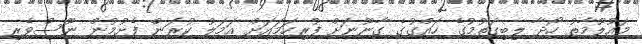
މައުލޫމާތު ހޯދާ ލިބިގަތުމުގެ ހައްގުގެ ގާނޫނަށް ފުރިހަމައަށް އަމަލު ކުރަން ފެށުމުން ނޫސްވެރި